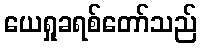
ယေရှုခရစ်တော်သည်